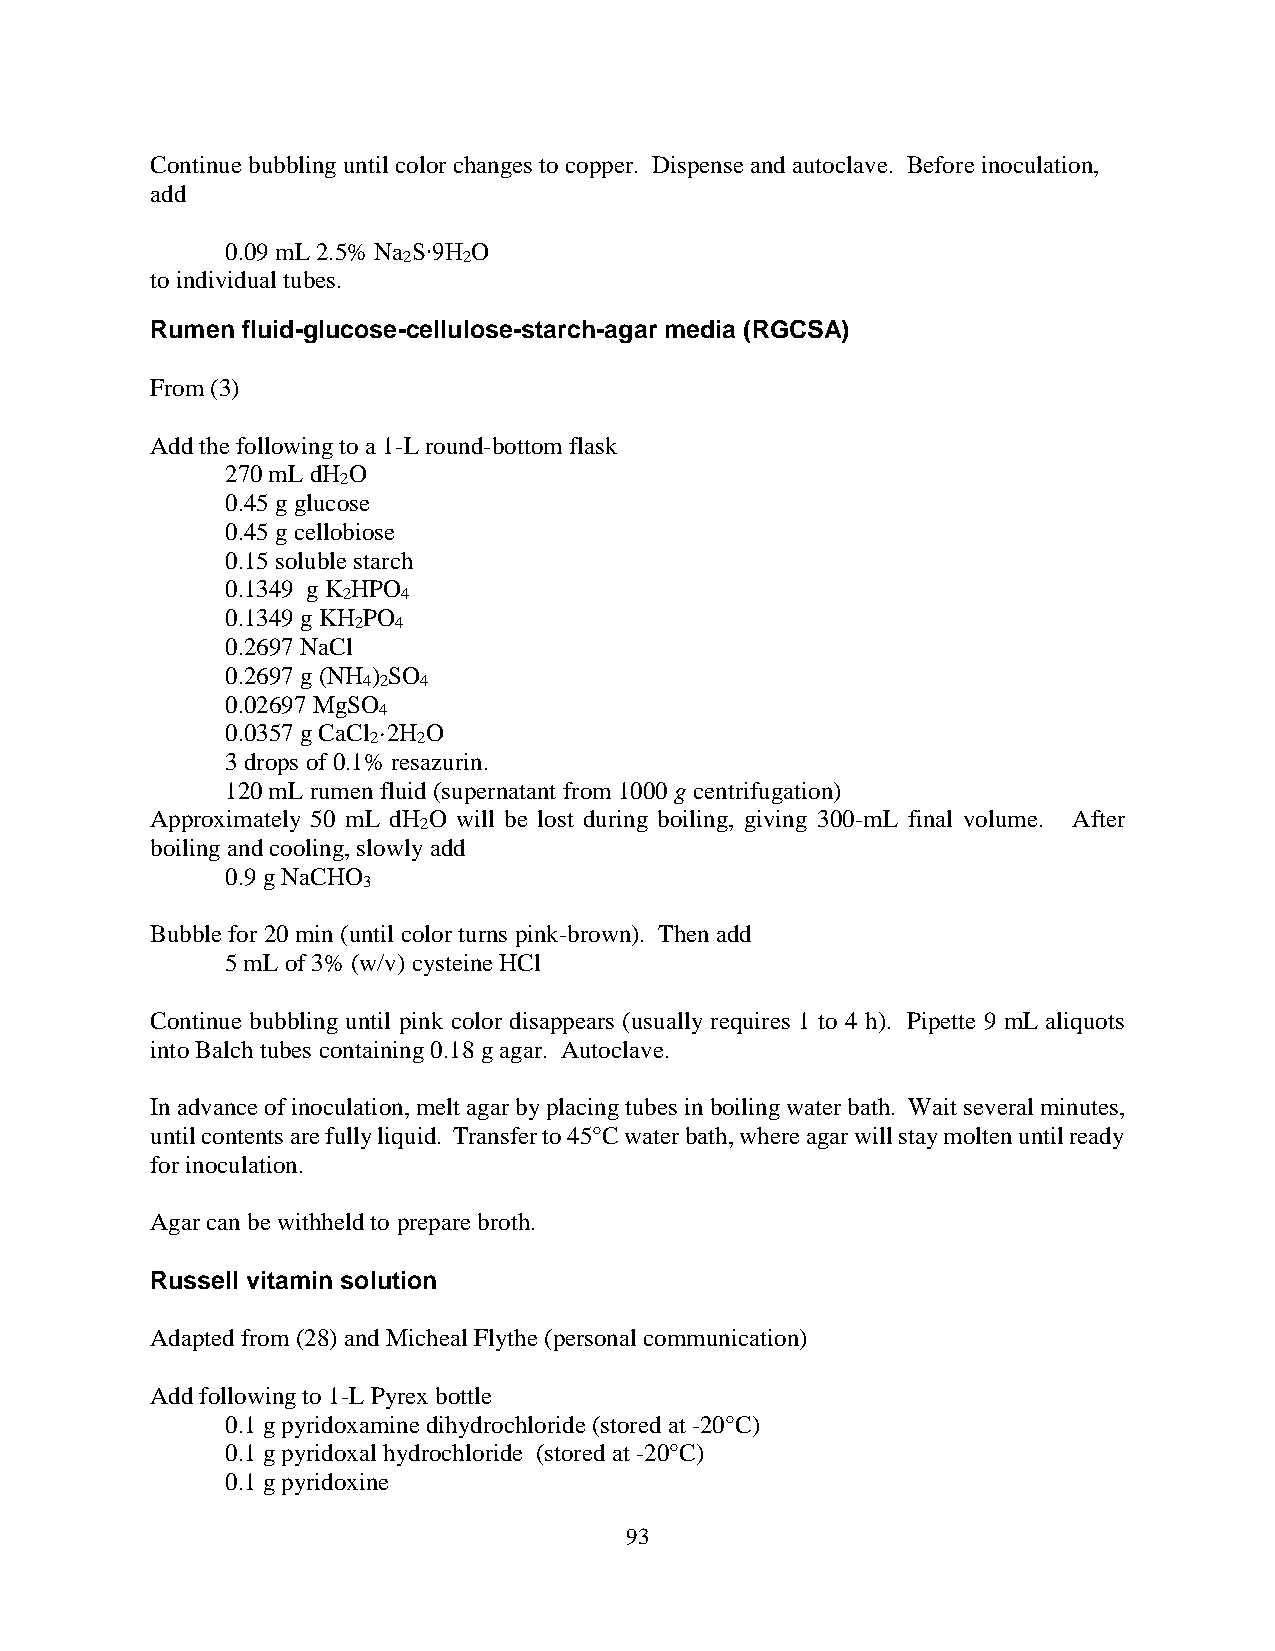
Continue bubbling until color changes to copper. Dispense and autoclave. Before inoculation,
 add
 0.09 mL 2.5% Na S∙9H O
 2   2
 to individual tubes.
 Rumen fluid-glucose-cellulose-starch-agar media (RGCSA)
 From (3)
 Add the following to a 1-L round-bottom flask
 270 mL dH O
 2
 0.45 g glucose
 0.45 g cellobiose
 0.15 soluble starch
 0.1349 g K HPO
 2   4
 0.1349 g KH PO
 2  4
 0.2697 NaCl
 0.2697 g (NH ) SO
 4 2 4
 0.02697 MgSO
 4
 0.0357 g CaCl ·2H O
 2   2
 3 drops of 0.1% resazurin.
 120 mL rumen fluid (supernatant from 1000 g centrifugation)
 Approximately 50 mL dH O will be lost during boiling, giving 300-mL final volume. After
 2
 boiling and cooling, slowly add
 0.9 g NaCHO
 3
 Bubble for 20 min (until color turns pink-brown). Then add
 5 mL of 3% (w/v) cysteine HCl
 Continue bubbling until pink color disappears (usually requires 1 to 4 h). Pipette 9 mL aliquots
 into Balch tubes containing 0.18 g agar. Autoclave.
 In advance of inoculation, melt agar by placing tubes in boiling water bath. Wait several minutes,
 until contents are fully liquid. Transfer to 45°C water bath, where agar will stay molten until ready
 for inoculation.
 Agar can be withheld to prepare broth.
 Russell vitamin solution
 Adapted from (28) and Micheal Flythe (personal communication)
 Add following to 1-L Pyrex bottle
 0.1 g pyridoxamine dihydrochloride (stored at -20°C)
 0.1 g pyridoxal hydrochloride (stored at -20°C)
 0.1 g pyridoxine
 93